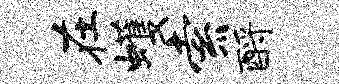
在蠖索酹